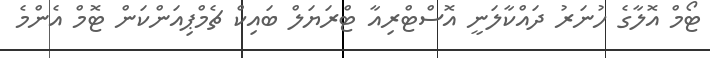
ޓޯމް އޮލާގެ ހުނަރު ދައްކާލަނީ އޮސްޓްރިއާ ޓްރަޔަލް ބައިކް ޗެމްޕިއަންކަން ޓޮމް އެންމެ